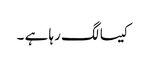
کیسا لگ رہا ہے ۔